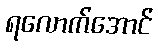
ရလောက်အောင်